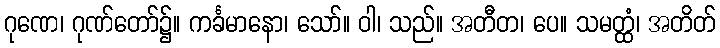
ဂုဏေ၊ ဂုဏ်တော်၌။ ကင်္ခမာနော၊ သော်။ ဝါ၊ သည်။ အတီတ၊ ပေ။ သမတ္ထံ၊ အတိတ်